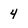
Character: 4